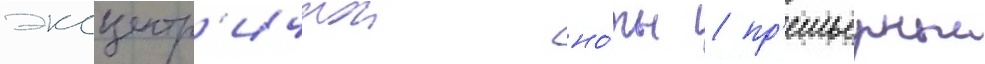
эксцентр'ичнои но́ты / пр'емьерныи